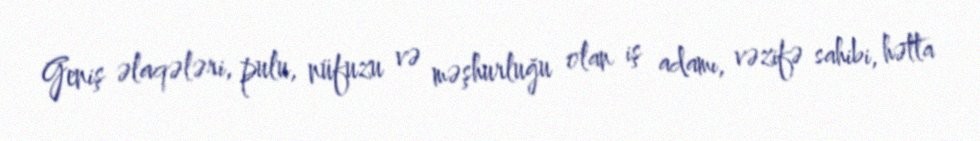
Geniş əlaqələri, pulu, nüfuzu və məşhurluğu olan iş adamı, vəzifə sahibi, hətta